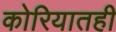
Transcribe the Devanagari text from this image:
कोरियातही